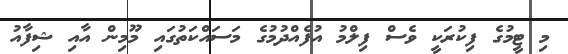
މި ޓީމުގެ ފިކުރަކީ ވެސް ފިލްމު އުފެއްދުމުގެ މަސައްކަތުގައި މޫމިން އާއި ޝިފާއު